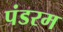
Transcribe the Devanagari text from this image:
पंडरम